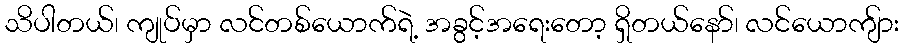
သိပါတယ်၊ ကျုပ်မှာ လင်တစ်ယောက်ရဲ့ အခွင့်အရေးတော့ ရှိတယ်နော်၊ လင်ယောကျ်ား